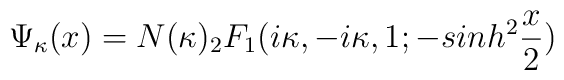
\Psi_{\kappa} (x)= N(\kappa) _{2}F_{1} (i\kappa,-i\kappa,1;-sinh^2 \frac{x}{2} )